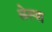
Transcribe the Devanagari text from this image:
लेस्या